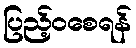
ပြည့်ဝစေရန်